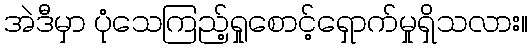
အဲဒီမှာ ပုံသေကြည့်ရှုစောင့်ရှောက်မှုရှိသလား။